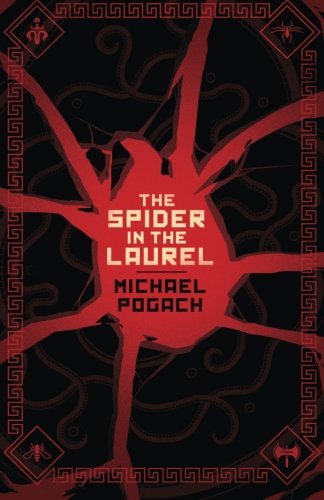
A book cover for The Spider in the Laurel (Rafael Ward); Michael Pogach; Science Fiction & Fantasy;